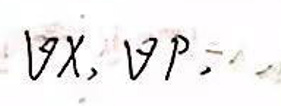
\[\forall x,\forall p,\]